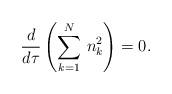
LaTeX: \begin{align*}\frac{d}{d\tau}\left(\sum^N_{k=1}\,n^2_k\right)=0.\end{align*}